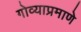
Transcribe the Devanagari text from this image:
गोव्याप्रमाणे